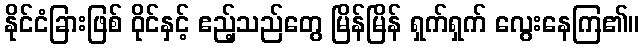
နိုင်ငံခြားဖြစ် ဝိုင်နှင့် ဧည့်သည်တွေ မြိန်မြိန် ရှက်ရှက် လွေးနေကြ၏။